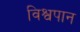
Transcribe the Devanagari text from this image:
विश्वपान